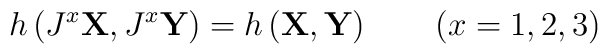
h \left( J^x \mbox{\bf X}, J^x \mbox{\bf Y} \right )   =h \left( \mbox{\bf X}, \mbox{\bf Y} \right ) \quad \quad  (x=1,2,3)